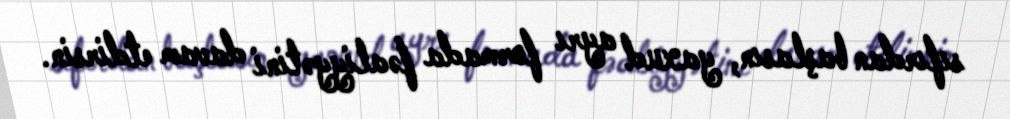
sıfırdan başlasın, yaxud ayrı formada fəaliyyətini davam etdirsin.